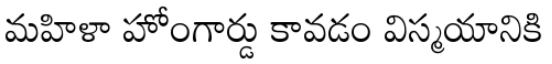
మహిళా హోంగార్డు కావడం విస్మయానికి